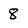
Character: 8